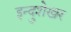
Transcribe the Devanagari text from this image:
इन्दुशेखर